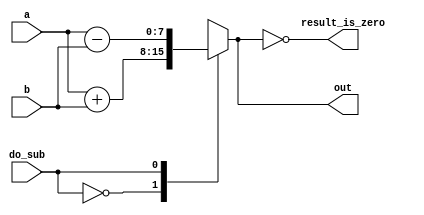
module top_module ( 
    input do_sub,
    input [7:0] a,
    input [7:0] b,
    output reg [7:0] out,
    output reg result_is_zero
);

    always @(*) begin
        case (do_sub)
            0: out = a + b; // Perform addition
            1: out = a - b; // Perform subtraction
        endcase

        result_is_zero = (out == 0); // Check if the result is zero
    end

endmodule